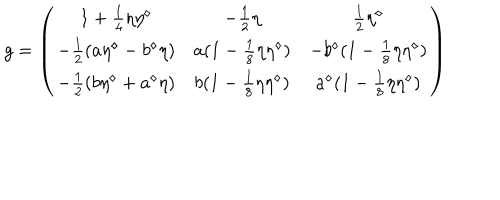
LaTeX: g = \left( \begin{array} { c c c } { { 1 + { \frac { 1 } { 4 } } \eta \eta ^ { \diamond } } } & { { - { \frac { 1 } { 2 } } \eta } } & { { { \frac { 1 } { 2 } } \eta ^ { \diamond } } } \\ { { - { \frac { 1 } { 2 } } ( a \eta ^ { \diamond } - b ^ { \diamond } \eta ) } } & { { a ( 1 - { \frac { 1 } { 8 } } \eta \eta ^ { \diamond } ) } } & { { - b ^ { \diamond } ( 1 - { \frac { 1 } { 8 } } \eta \eta ^ { \diamond } ) } } \\ { { - { \frac { 1 } { 2 } } ( b \eta ^ { \diamond } + a ^ { \diamond } \eta ) } } & { { b ( 1 - { \frac { 1 } { 8 } } \eta \eta ^ { \diamond } ) } } & { { a ^ { \diamond } ( 1 - { \frac { 1 } { 8 } } \eta \eta ^ { \diamond } ) } } \\ \end{array} \right)